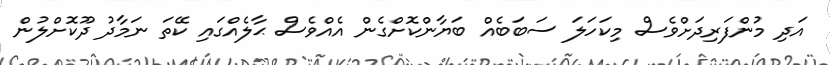
އަދި މުންފަރިދަށްވެސް މިކަހަލަ ސަބަބެއް ބަޔާންކޮށްގެން އެއްވެސް ޙާލެއްގައި ކޭތަ ނަމާދު ދޫކޮށްލުން